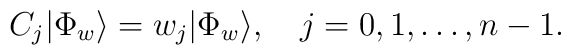
{ C}_j|\Phi_w\rangle = w_j|\Phi_w\rangle,\quad j=0,1,\ldots,n-1.